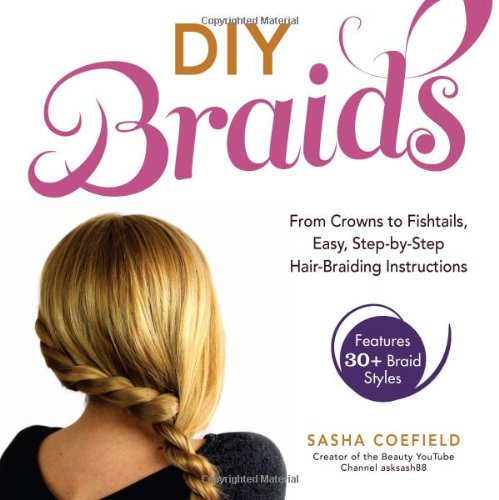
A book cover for DIY Braids: From Crowns to Fishtails, Easy, Step-by-Step Hair Braiding Instructions; Sasha Coefield; Health, Fitness & Dieting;